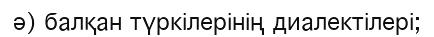
ә) балқан түркілерінің диалектілері;